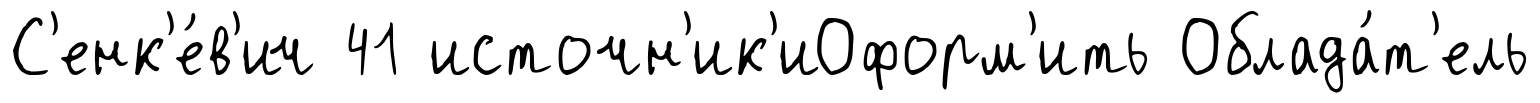
С'енк'е́в'ич 41 источн'ик'иОформ'ить Облада́т'ель